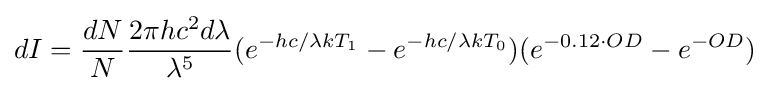
dI={\frac {dN}{N}}{\frac {2\pi hc^{2}d\lambda }{\lambda ^{5}}}(e^{-hc/\lambda kT_{1}}-e^{-hc/\lambda kT_{0}})(e^{-0.12\cdot OD}-e^{-OD})